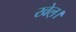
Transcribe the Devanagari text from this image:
खेल़।